Mediterranean fever in India - Number 22
Disease focus: Fever
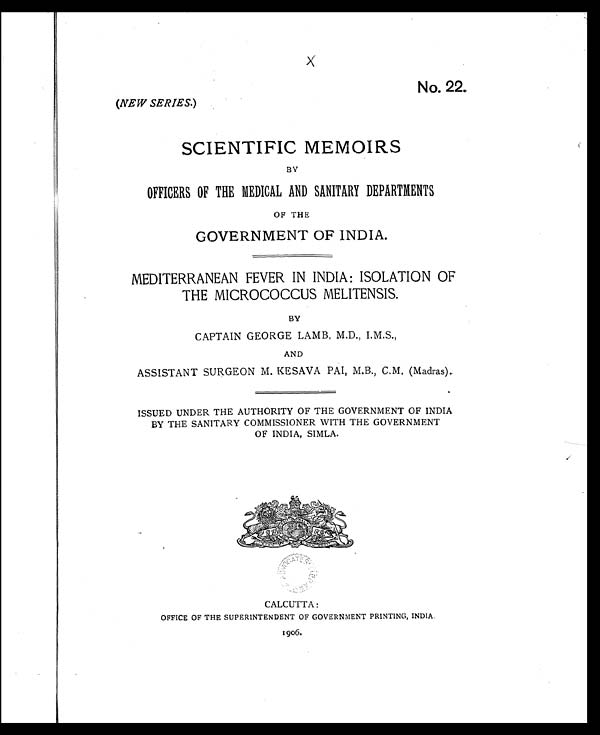
No. 22.
(NEW SERIES. )
SCIENTIFIC MEMOIRS
BY
OFFICERS OF THE MEDICAL AND SANITARY DEPARTMENTS
OF THE
GOVERNMENT OF INDIA.
MEDITERRANEAN FEVER IN INDIA: ISOLATION OF
THE MICROCOCCUS MELITENSIS.
BY
CAPTAIN GEORGE LAMB, M.D., I.M.S.,
AND
ASSISTANT SURGEON M. KESAVA PAI, M.B., C.M. (Madras).
ISSUED UNDER THE AUTHORITY OF THE GOVERNMENT OF INDIA
BY THE SANITARY COMMISSIONER WITH THE GOVERNMENT
OF INDIA, SIMLA.
CALCUTTA:
OFFICE OF THE SUPERINTENDENT OF GOVERNMENT PRINTING, INDIA.
1906.